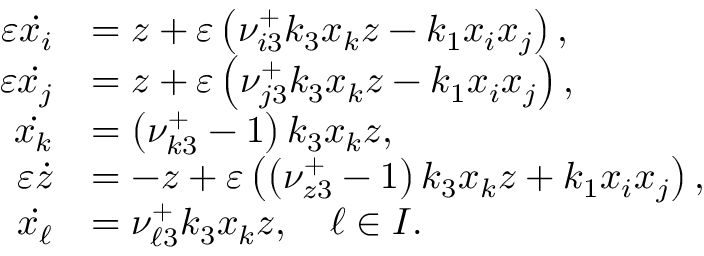
\begin{array} { r l } { \varepsilon \Dot { x _ { i } } } & { = z + \varepsilon \left( \nu _ { i 3 } ^ { + } k _ { 3 } x _ { k } z - k _ { 1 } x _ { i } x _ { j } \right) , } \\ { \varepsilon \Dot { x _ { j } } } & { = z + \varepsilon \left( \nu _ { j 3 } ^ { + } k _ { 3 } x _ { k } z - k _ { 1 } x _ { i } x _ { j } \right) , } \\ { \Dot { x _ { k } } } & { = \left( \nu _ { k 3 } ^ { + } - 1 \right) k _ { 3 } x _ { k } z , } \\ { \varepsilon \Dot { z } } & { = - z + \varepsilon \left( \left( \nu _ { z 3 } ^ { + } - 1 \right) k _ { 3 } x _ { k } z + k _ { 1 } x _ { i } x _ { j } \right) , } \\ { \Dot { x _ { \ell } } } & { = \nu _ { \ell 3 } ^ { + } k _ { 3 } x _ { k } z , \quad \ell \in I . } \end{array}